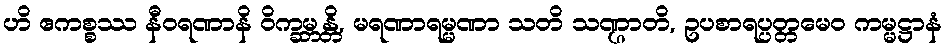
ဟိ ဧကစ္စဿ နီဝရဏာနိ ဝိက္ခမ္ဘန္တိ, မရဏာရမ္မဏာ သတိ သဏ္ဌာတိ, ဥပစာရပ္ပတ္တမေဝ ကမ္မဋ္ဌာနံ